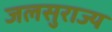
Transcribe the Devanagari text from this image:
जलसुराज्य